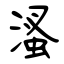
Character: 溞